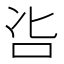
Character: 𠯺